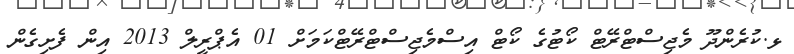
ޅ.ކުރެންދޫ މެޖިސްޓްރޭޓް ކޯޓުގެ ކޯޓް އިސްމެޖިސްޓްރޭޓްކަމަށް 01 އެޕްރީލް 2013 އިން ފެށިގެން